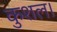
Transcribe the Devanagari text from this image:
कुशल।